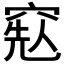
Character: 𥦥